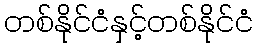
တစ်နိုင်ငံနှင့်တစ်နိုင်ငံ